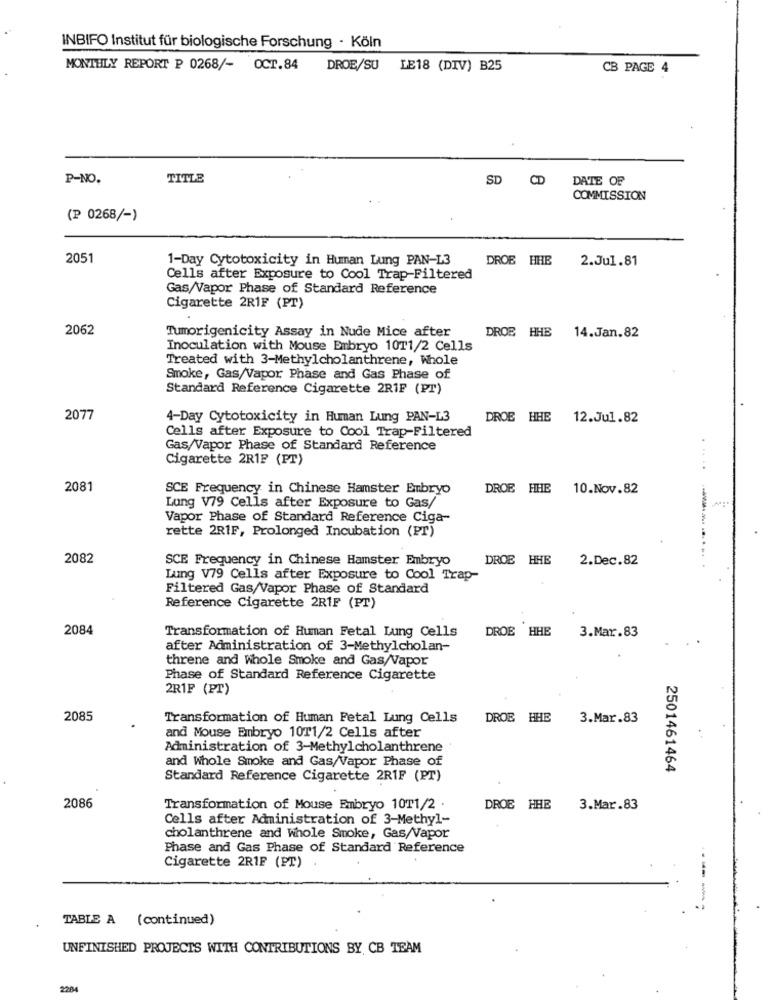
INBIFO Institut für biologische Forschung · Köln
MONTHLY REPORT P 0268/- OCT.84
DROE/SU LE18 (DIV) B25
CB PAGE4
P-NO.
TITLE
SD CD
DATE OF
COMMISSION
(P 0268/-)
2051
1-Day Cytotoxicity in Human Lung PAN-L3
DROB HHE
2.Jul.81
Cells after Exposure to Cool Trap-Filtered
Gas/Vapor Phase of Standard Reference
Cigarette 2R1F (PT)
2062
DROB HHE
Tumorigenicity Assay in Nude Mice after
14.Jan.82
Inoculation with Mouse Embryo 10T1/2 Cells
Treated with 3-Methylcholanthrene, Whole
Smoke, Gas/Vapor Phase and Gas Phase of
Standard Reference Cigarette 2RIF (PT)
2077
4-Day Cytotoxicity in Human Lung PAN-L3
DROB HHE
12.Jul.82
Cells after Exposure to Cool Trap-Filtered
Gas/Vapor Phase of Standard Reference
. .
Cigarette 2R1F (PT)
...
2081
SCE Frequency in Chinese Hamster Embryo
DROE HHE
10.Nov.82
Lung V79 Cells after Exposure to Gas/
Vapor Phase of Standard Reference Ciga-
rette 2RIF, Prolonged Incubation (PT)
2082
SCE Frequency in Chinese Hamster Embryo
DROE HHE
2.Dec.82
Lung V79 Cells after Exposure to Cool Trap-
Filtered Gas/Vapor Phase of Standard
Reference Cigarette 2RIF (PT)
2084
Transformation of Human Fetal Lung Cells
DROE HHE
3.Mar.83
after Administration of 3-Methylcholan-
threne and Whole Smoke and Gas/Vapor
Phase of Standard Reference Cigarette
2R1F (PT)
2085
Transformation of Human Fetal Lung Cells
DROB HHE
3.Mar.83
and Mouse Embryo 10T1/2 Cells after
. .
Administration of 3-Methylcholanthrene
and Whole Smoke and Gas/Vapor Phase of
2501461464
Standard Reference Cigarette 2R1F (PT)
2086
Transformation of Mouse Embryo 10T1/2 .
DROE HHE
3.Mar.83
Cells after Administration of 3-Methyl-
cholanthrene and whole Smoke, Gas/Vapor
Phase and Gas Phase of Standard Reference
Cigarette 2R1F (PT)
--
TABLE A (continued)
UNFINISHED PROJECTS WITH CONTRIBUTIONS BY CB TEAM
2284